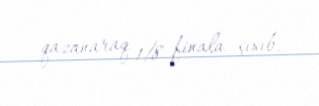
qazanaraq 1/8 finala çıxıb.